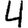
Digit: 4